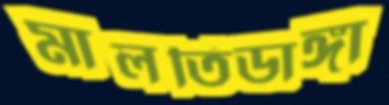
মালতিডাঙ্গা